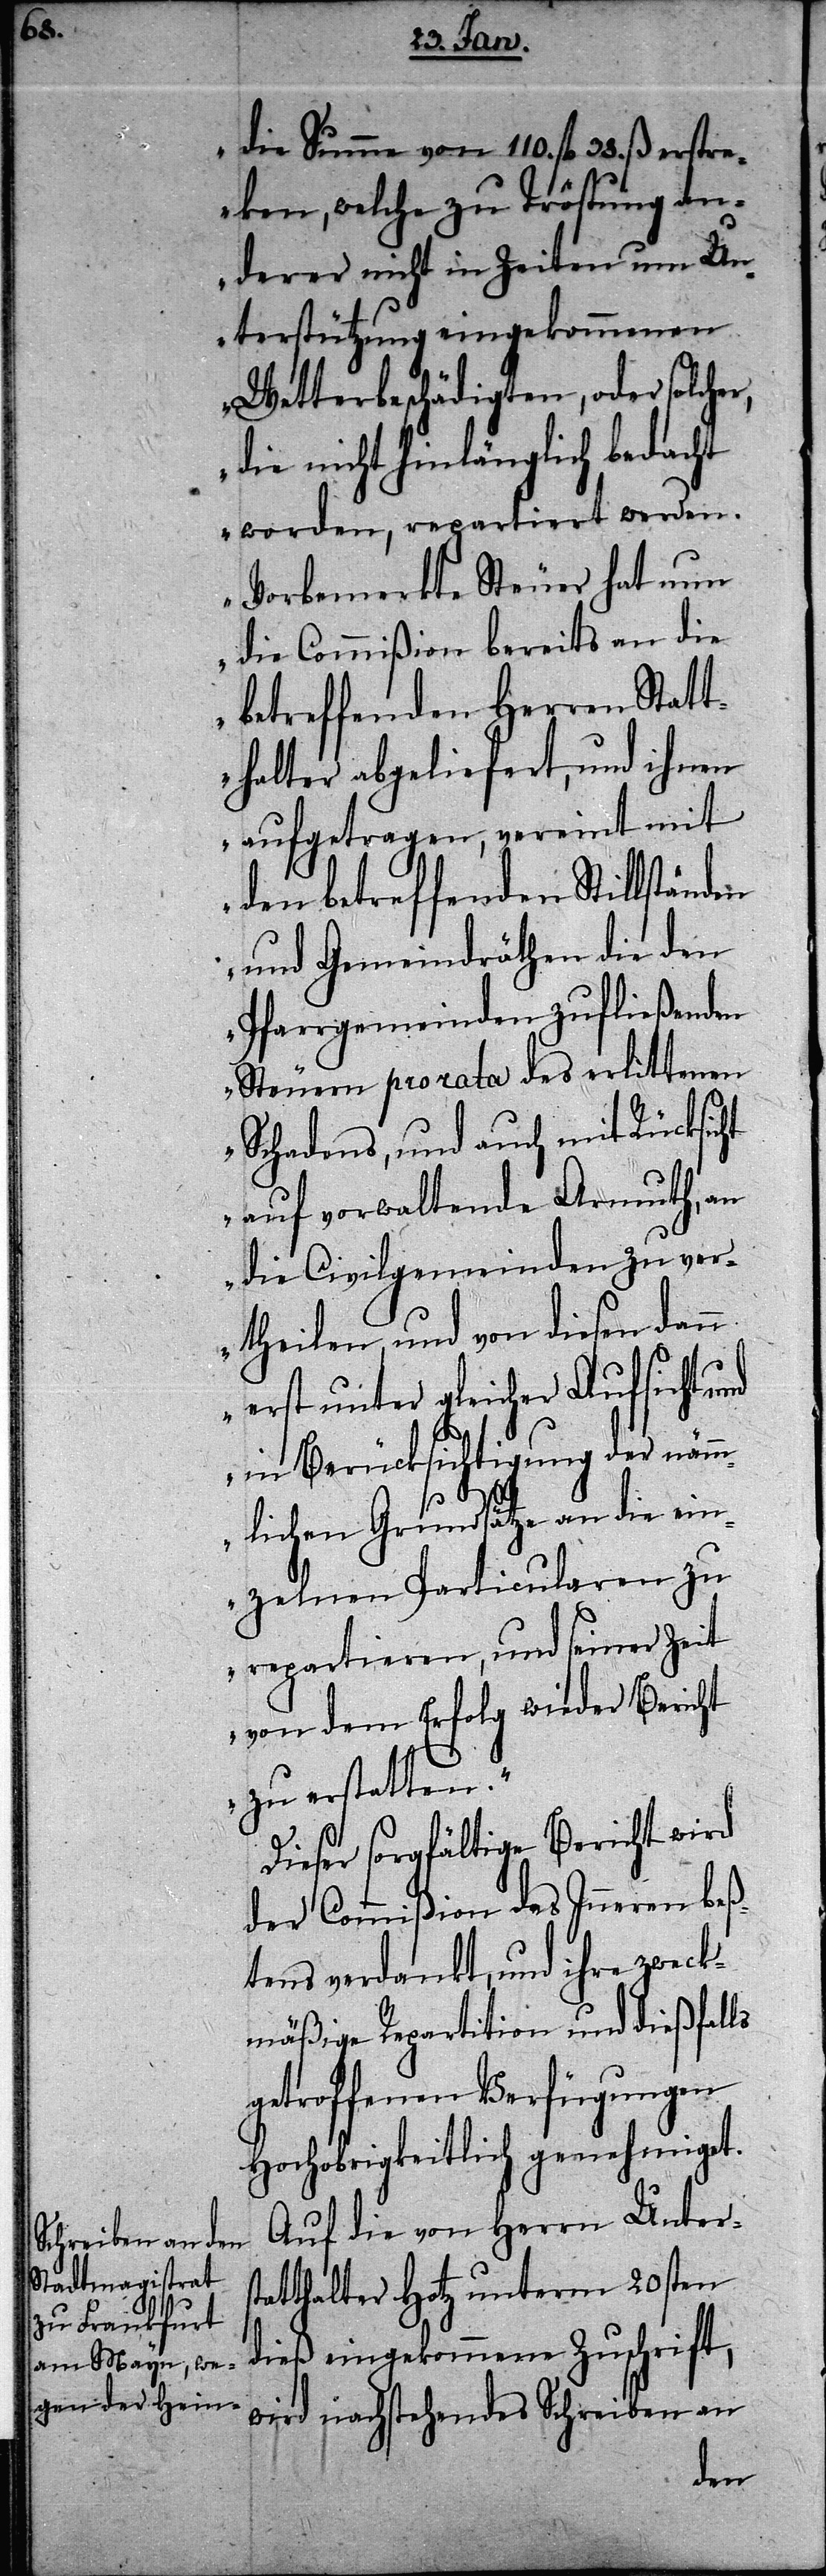
die Summe von 110. fl. 38. ß erstr¬
eken, welche zu Tröstung an¬
derer nicht in Zeiten um Un¬
terstützung eingekommenen
Wetterbeschädigten, oder solcher,
die nicht hinlänglich bedacht
worden, repartiert werden.
Vorbemerkte Steuer hat nun
die Commißion bereits an die
betreffenden Herren Statt¬
halter abgeliefert, und ihnen
aufgetragen, vereint mit
den betreffenden Stillständen
und Gemeindräthen die den
Pfarrgemeinden zufließenden
Steuern pro rata des erlittenen
Schadens, und auch mit Rücksicht
auf vorwaltende Armuth, an
die Civilgemeinden zu ver¬
theilen, und von diesen dann
erst unter gleicher Aufsicht und
in Berücksichtigung der näm¬
mlichen Grundsätze an die ein¬
zelnen Particularen zu
repartieren, und seiner Zeit
von dem Erfolg wieder Bericht
zu erstatten.“
Dieser sorgfältige Bericht wird
der Commißion des Inneren beß¬
tens verdankt, und ihre zweck¬
mäßige Repartition und dießfalls
getroffenen Verfügungen
Hochobrigkeitlich genehmiget.
Auf die von Herrn Unters¬
tatthalter Hotz unterm 20sten
dieß eingekommene Zuschrift,
wird nachstehendes Schreiben an